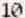
10